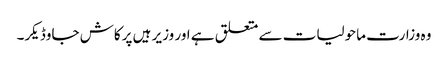
وہ وزارت ماحولیات سے متعلق ہے اور وزیر ہیں پرکاش جاوڈیکر۔